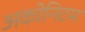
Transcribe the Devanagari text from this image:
अकोनिटम